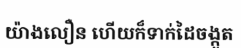
យ៉ាងលឿន ហើយក៏ទាក់ដៃចង្កូត